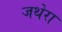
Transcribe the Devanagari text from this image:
जथेरा